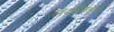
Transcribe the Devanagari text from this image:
तबकडीमधील